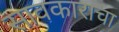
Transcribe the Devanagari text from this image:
सावकाराचा